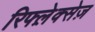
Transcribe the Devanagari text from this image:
रिफ्ल़ेक्सेज़